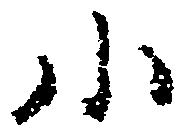
小